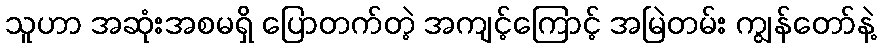
သူဟာ အဆုံးအစမရှိ ပြောတက်တဲ့ အကျင့်ကြောင့် အမြဲတမ်း ကျွန်တော်နဲ့